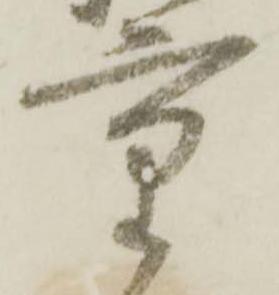
重